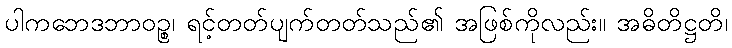
ပါကဘေဒဘာဝဉ္စ၊ ရင့်တတ်ပျက်တတ်သည်၏ အဖြစ်ကိုလည်း။ အဓိတိဋ္ဌတိ၊